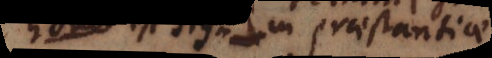
r est signum praestantiae.